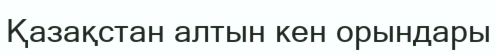
Қазақстан алтын кен орындары